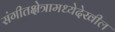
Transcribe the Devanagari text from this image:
संगीतक्षेत्रामध्येदेखील